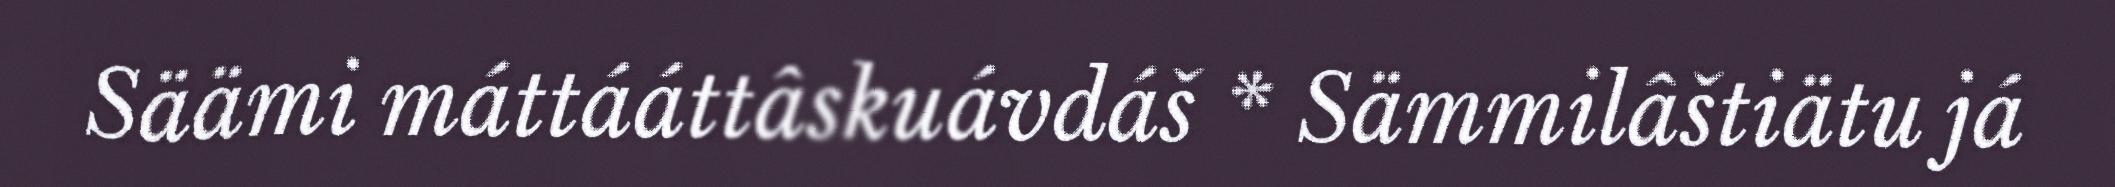
Säämi máttááttâskuávdáš * Sämmilâštiätu já